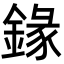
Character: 䤸